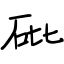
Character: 砒